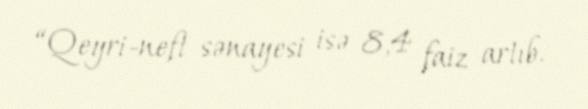
“Qeyri-neft sənayesi isə 8,4 faiz artıb.